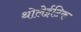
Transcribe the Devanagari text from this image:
थोलेईटिक